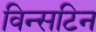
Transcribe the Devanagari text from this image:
विन्सटिन